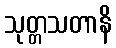
သုတ္တသတာနိ